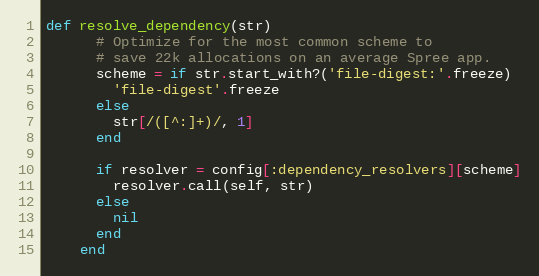
Language: Ruby
def resolve_dependency(str)
      # Optimize for the most common scheme to
      # save 22k allocations on an average Spree app.
      scheme = if str.start_with?('file-digest:'.freeze)
        'file-digest'.freeze
      else
        str[/([^:]+)/, 1]
      end

      if resolver = config[:dependency_resolvers][scheme]
        resolver.call(self, str)
      else
        nil
      end
    end